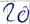
Text: 20